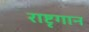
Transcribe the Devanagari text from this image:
राष्टृगान